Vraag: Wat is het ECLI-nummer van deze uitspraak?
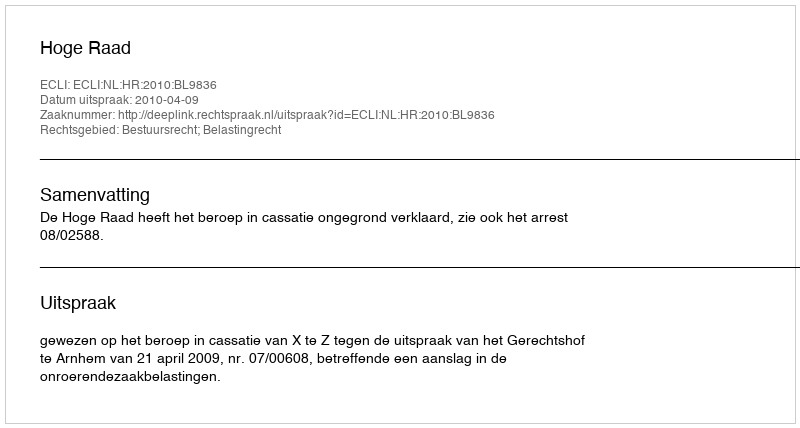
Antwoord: ECLI:NL:HR:2010:BL9836